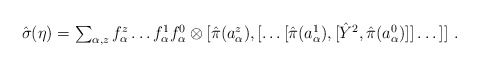
\begin{align*}\textstyle \hat{\sigma}(\eta) = \sum_{\alpha,z} f^z_\alpha \dots f^1_\alpha f^0_\alpha \otimes [\hat{\pi}(a^z_\alpha),[\dots [\hat{\pi}(a^1_\alpha),[\hat{Y}^2,\hat{\pi}(a^0_\alpha)]]\dots]] ~.\end{align*}